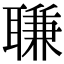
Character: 𦖾